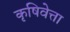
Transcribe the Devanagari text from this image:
कृषिवेत्ता